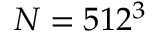
N = 5 1 2 ^ { 3 }